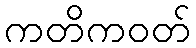
ကတိကဝတ်